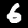
Digit: 6